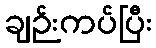
ချဉ်းကပ်ပြီး